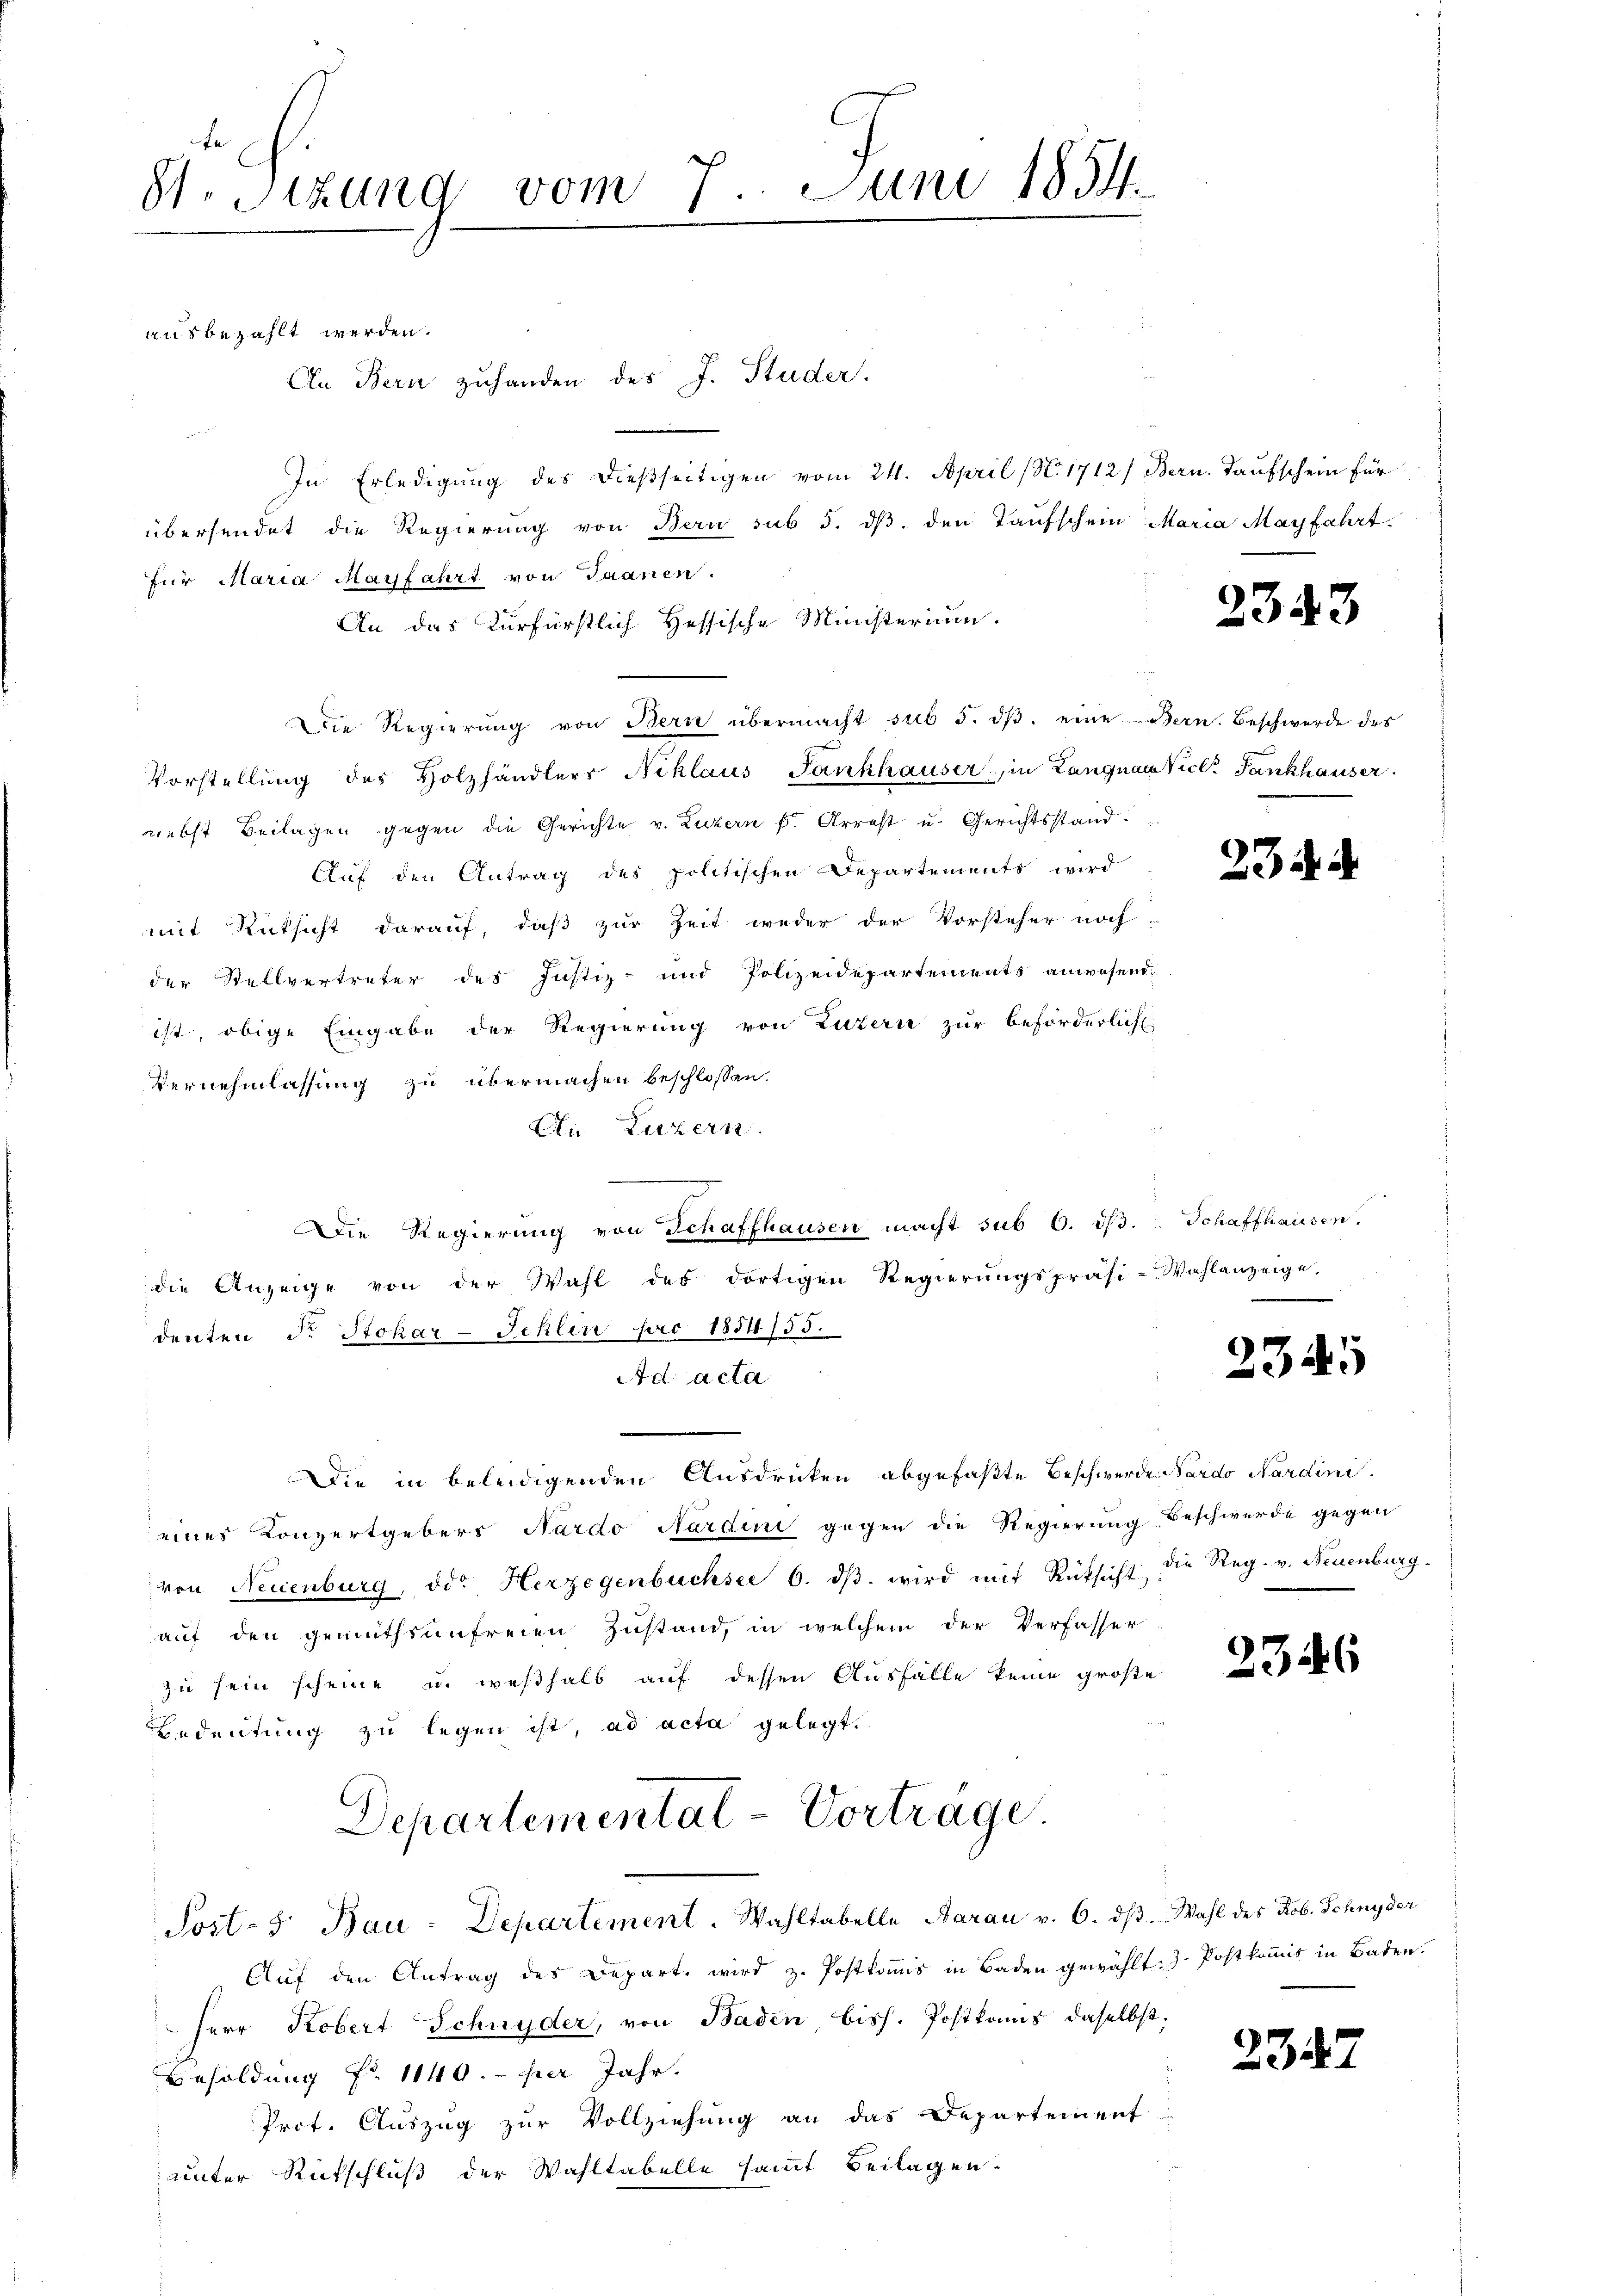
8t. Sitzung vom 7. Juni 1854.
e
ausbezahlt werden.
An Bern zuhanden des J. Studer.

In Erledigung des dießseitigen vom 24. April (N. 1712) Bern. Taufschein für
übersendet die Regierung von Bern sub 5. dβ, den Taufschein Maria Mayfahrt
für Maria Mayfahrt von Saanen.
An das Kurfürstlich Hessische Ministerium.
Die Regierŭng von Bern übermacht sub 5. dβ. eine Bern. Beschwerde des
Vorstellŭng des Holzhändlers Schlaus Pankhauser in Langnau Viel Fankhauser
nebst Beilagen gegen die Gerichte v. Luzern f. Arrest u. Gerichtsstand.
Auf den Antrag des politischen Departements wird
mit Rücksicht darauf, daß zur Zeit weder der Vorsteher noch
der Stellvertreter des Justiz- und Polizeidepartements anwesende
ist, obige Eingabe der Regierung von Luzern zur beförderlich
Vernehmlassung zu übermachen beschlossen.
An Luzern
Die Regierung von Schaffhausen macht sub 6. dβ. Schaffhausen.
die Anzeige von der Wahl des dortigen Regierŭngspräsi-Wahlanzeige.
denten Dr. Stokar-Schlen pro 1854/55
Ad acta
Die in beleidigenden Ausdrucken abgefaßte Beschwerde. Nardo Nardini
eines Konzertgebers Nardo Nardini gegen die Regierung Beschwerde gegen
von Neuenburg, oder Herzogenbüchsee 6. dβ wird mit Rücksicht, die Reg. v. Neuenburg.
auf den gemüthsaufreien Zustand, in welchem der Verfasser
zu sein scheine u. weßhalb auf dessen Ausfalle keine große
Bedeutung zu legen ist, ad acta gelegt.
Departemental-Vortrage
Sost- 5. Bau-Departement. Wahltabelle Aarau v. 6. ds. Wahl des Rob. Schnyder
Aŭf den Antrag des Depart. wird z. Postkomis in Baden gewählt. J. Postkommis in Baden.
Herr Kobert Schnyder, von Baden bish. Postkanis daselbst:
Besoldung Nr. 1140. per Jahr.
Prof. Auszug zur Vollziehung an das Departement
uunter Ritschluß der Wahltabelle samt Beilagen.

2343

234 d

2345

2346

2342